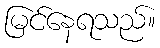
မြင်နေရသည်။